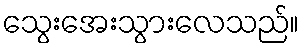
သွေးအေးသွားလေသည်။